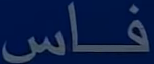
فاس